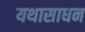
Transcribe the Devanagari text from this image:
यथासाधन